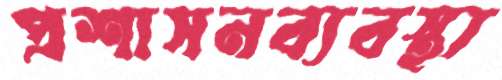
প্রশাসনব্যবস্থা